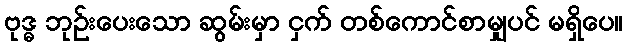
ဗုဒ္ဓ ဘုဉ်းပေးသော ဆွမ်းမှာ ငှက် တစ်ကောင်စာမျှပင် မရှိပေ။